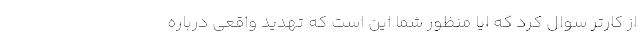
از کارتر سوال کرد که ایا منظور شما این است که تهدید واقعی درباره